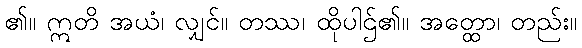
၏။ ဣတိ အယံ၊ လျှင်။ တဿ၊ ထိုပါဌ်၏။ အတ္ထော၊ တည်း။